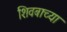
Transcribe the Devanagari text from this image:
शिवबाच्या